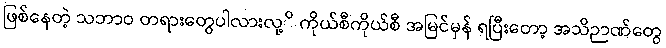
ဖြစ်နေတဲ့ သဘာဝ တရားတွေပါလားလု့ိ ကိုယ်စီကိုယ်စီ အမြင်မှန် ရပြီးတော့ အသိဉာဏ်တွေ